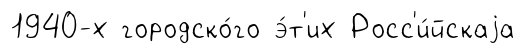
1940-х городско́го э́т'их Росс'и́йскаjа